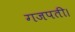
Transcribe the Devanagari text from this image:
गजपती।